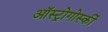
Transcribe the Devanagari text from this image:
ऑस्ट्रोगोर्स्की